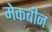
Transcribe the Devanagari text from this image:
मेकबीन